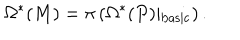
\Omega ^ { * } ( M ) = \pi \left( \Omega ^ { * } ( P ) \vert _ { \mathrm { b a s i c } } \right) .